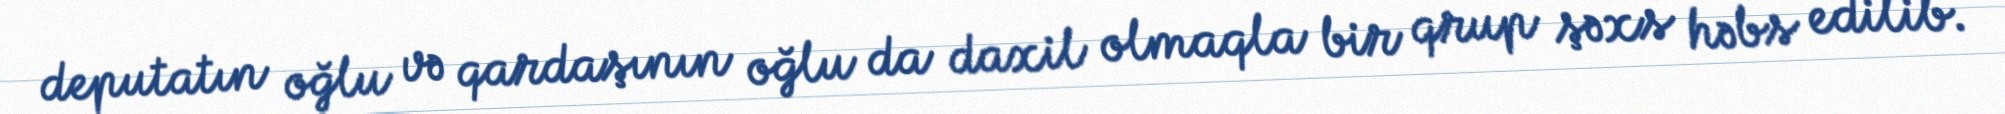
deputatın oğlu və qardaşının oğlu da daxil olmaqla bir qrup şəxs həbs edilib.